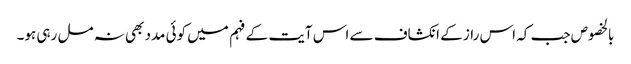
بالخصوص جب کہ اس راز کے انکشاف سے اس آیت کے فہم میں کوئی مدد بھی نہ مل رہی ہو۔